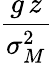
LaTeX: \frac{g\, z}{\sigma_{M}^{2}}